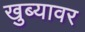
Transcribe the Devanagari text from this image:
खुब्यावर